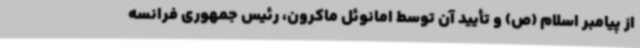
از پیامبر اسلام (ص) و تأیید آن توسط امانوئل ماکرون، رئیس جمهوری فرانسه